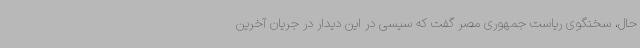
حال، سخنگوی ریاست جمهوری مصر گفت که سیسی در این دیدار در جریان آخرین